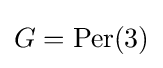
G={\text{Per}}(3)